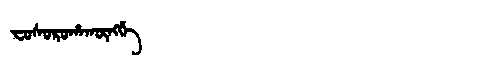
Manchu: ᠸᠣᠰᠣᡵᠣᡥᠠᡴᡡᠩᡤᡝ
Romanization: FOSOROHAKŪNGGE